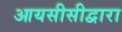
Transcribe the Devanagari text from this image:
आयसीसीद्वारा